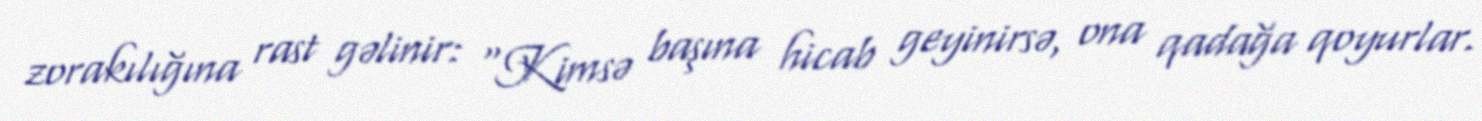
zorakılığına rast gəlinir: “Kimsə başına hicab geyinirsə, ona qadağa qoyurlar.